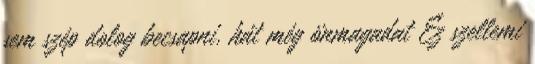
sem szép dolog becsapni, hát még önmagadat Ez szellemi